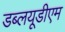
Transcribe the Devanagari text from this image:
डब्लयूडीएम